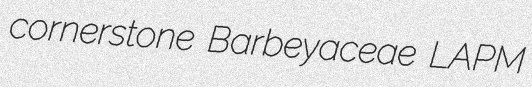
cornerstone Barbeyaceae LAPM